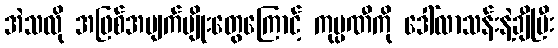
အဲသလို အဖြစ်အပျက်မျိုးတွေကြောင့် ကုမ္ပဏီကို ဒေါ်လာသန်းနဲ့ချီပြီး